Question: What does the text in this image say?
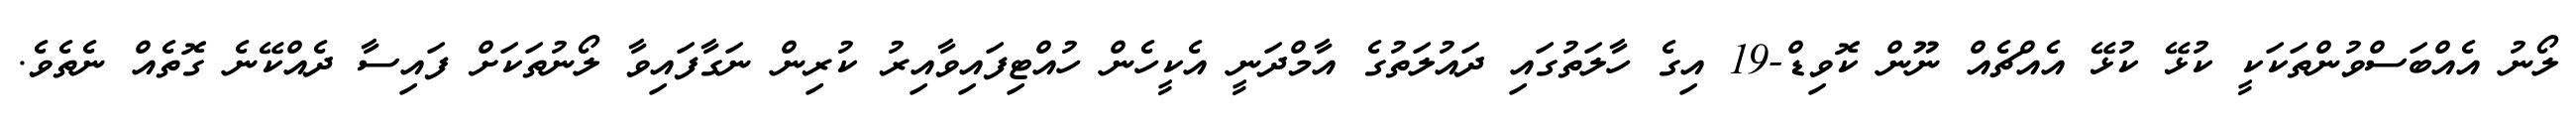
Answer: ލޯނު އެއްބަސްވުންތަކަކީ ކުޅޭ ކުޅޭ އެއްޗެއް ނޫން ކޮވިޑް-19 އިގެ ހާލަތުގައި ދައުލަތުގެ އާމްދަނީ އެކީހެން ހުއްޓިފައިވާއިރު ކުރިން ނަގާފައިވާ ލޯނުތަކަށް ފައިސާ ދެއްކޭނެ ގޮތެއް ނެތެވެ.